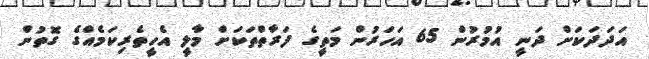
އަދަދަކަށް ދަނީ އުމުރުން 65 އަހަރުން މަތީގެ ފަރާތްތަކަށް މާލީ އެހީތެރިކަމެއްގެ ގޮތުން